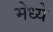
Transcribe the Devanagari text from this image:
मेध्ये